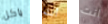
ياكل أنت انت